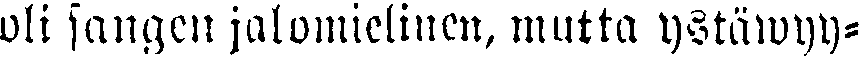
oli sangen jalomielinen, mutta ystäwyy-